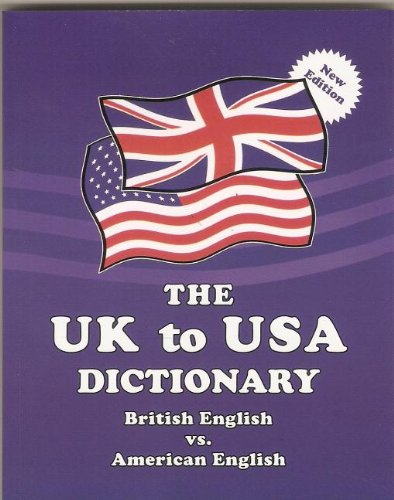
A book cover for The UK to USA Dictionary British English vs. American English; Claudine Dervaes; Reference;